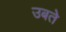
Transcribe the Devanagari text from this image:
उबते